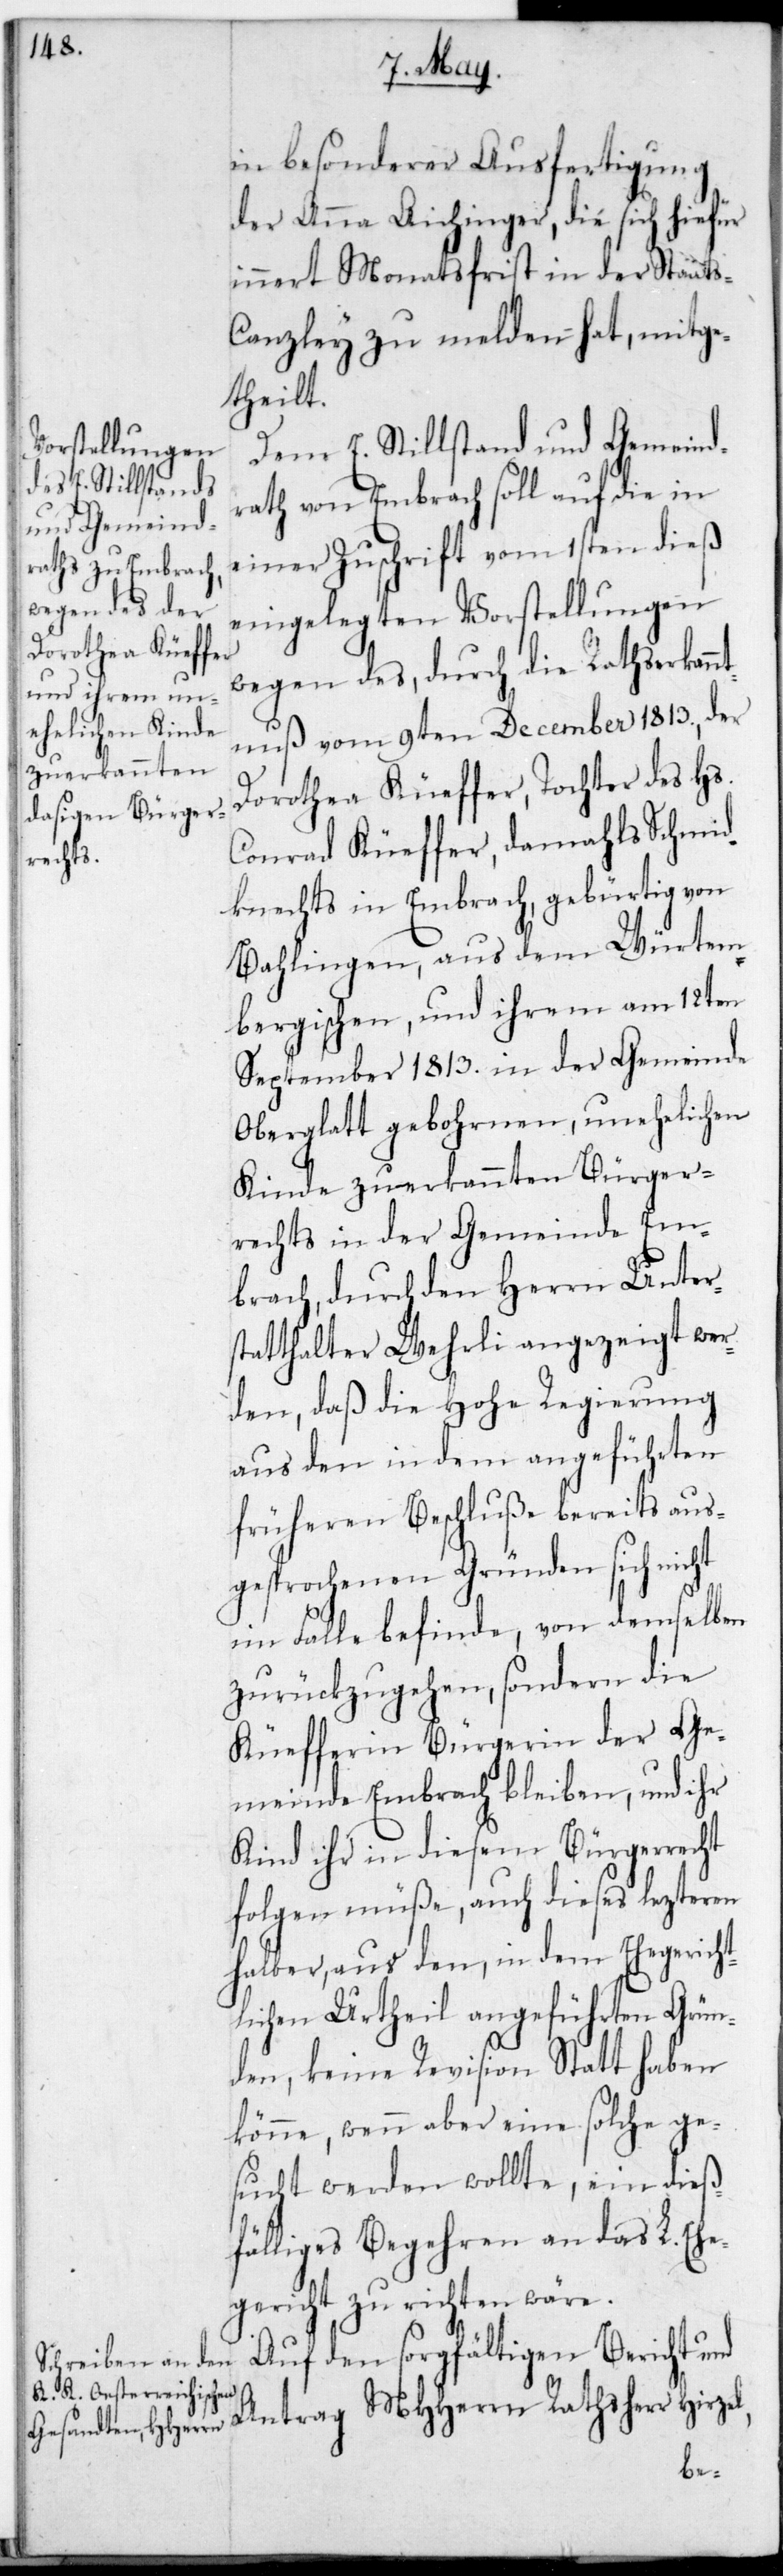
Antrag
in besonderer Ausfertigung
der Anna Aichinger, die sich hiefür
innert Monatsfrist in der Staats¬
canzley zu melden hat, mitge¬
theilt.
Dem E. Stillstand und Gemeind¬
rath von Embrach soll auf die in
einer Zuschrift vom 1sten dieß
eingelegten Vorstellungen
wegen des, durch die RathsErkann¬
tnuß vom 9ten December 1813., der
Dorothea Küeffer, Tochter des Hs.
Conrad Küeffer, damahls Schmied¬
knechts in Embrach, gebürtig von
Balingen aus dem Würtem¬
bergischen, und ihrem am 12ten
September 1813. in der Gemeinde
Oberglatt gebohrnen, unehelichen
Kinde zuerkannten Bürger¬
rechts in der Gemeinde Em¬
brach, durch den Herrn Unter¬
statthalter Wehrli angezeigt wer¬
den, daß die Hohe Regierung
aus den in dem angeführten
früheren Beschluße bereits aus¬
gesprochenen Gründen sich nicht
im Falle befinde, von demselben
zurückzugehen, sondern die
Küefferin Bürgerin der Ge¬
meinde Embrach bleiben, und ihr
Kind ihr in diesem Bürgerrecht
folgen müße, auch dieses letzteren
halber, aus den, in dem ehegericht¬
lichen Urtheil angeführten Grün¬
den, keine Revision statthaben
könne, wenn aber eine solche ge¬
sucht werden wollte, ein dieß¬
fälliges Begehren an das L. Ehe¬
gericht zu richten wäre.
Auf den sorgfältigen Bericht und